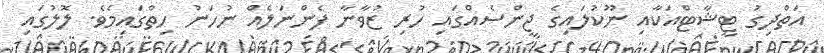
އަތްދިގު ޓީޝާޓްއަކާއި ނޫކުލައިގެ ޖީންސެއްގައި ހުރި ޒުވާނާ ފެންނަލެއް ނުހަނު ހިތްގައިމެވެ. ލޮލުގައި